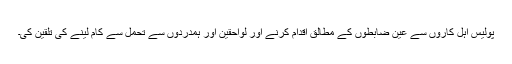
پولیس اہل کاروں سے عین ضابطوں کے مطالق اقدام کرنے اور لواحقین اور ہمدردوں سے تحمل سے کام لینے کی تلقین کی۔